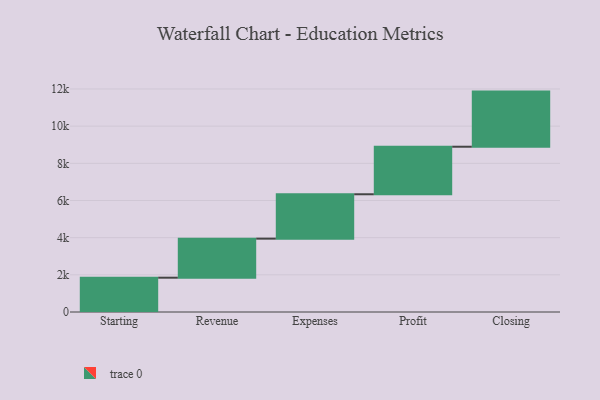
{"axis": {"x": "Step", "y": "Value"}, "legend": [""], "data": [{"x": "Starting", "y": 1846.0, "type": ""}, {"x": "Revenue", "y": 2101.0, "type": ""}, {"x": "Expenses", "y": 2388.0, "type": ""}, {"x": "Profit", "y": 2558.0, "type": ""}, {"x": "Closing", "y": 2966.0, "type": ""}]}